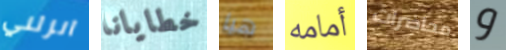
انزلني خطايانا هيا أمامه محاضرات و